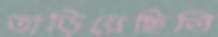
তাড়িয়েছিলি